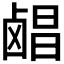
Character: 𬸶